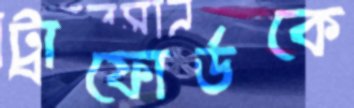
ট্রাফোর্ডকে